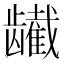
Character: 𬺕